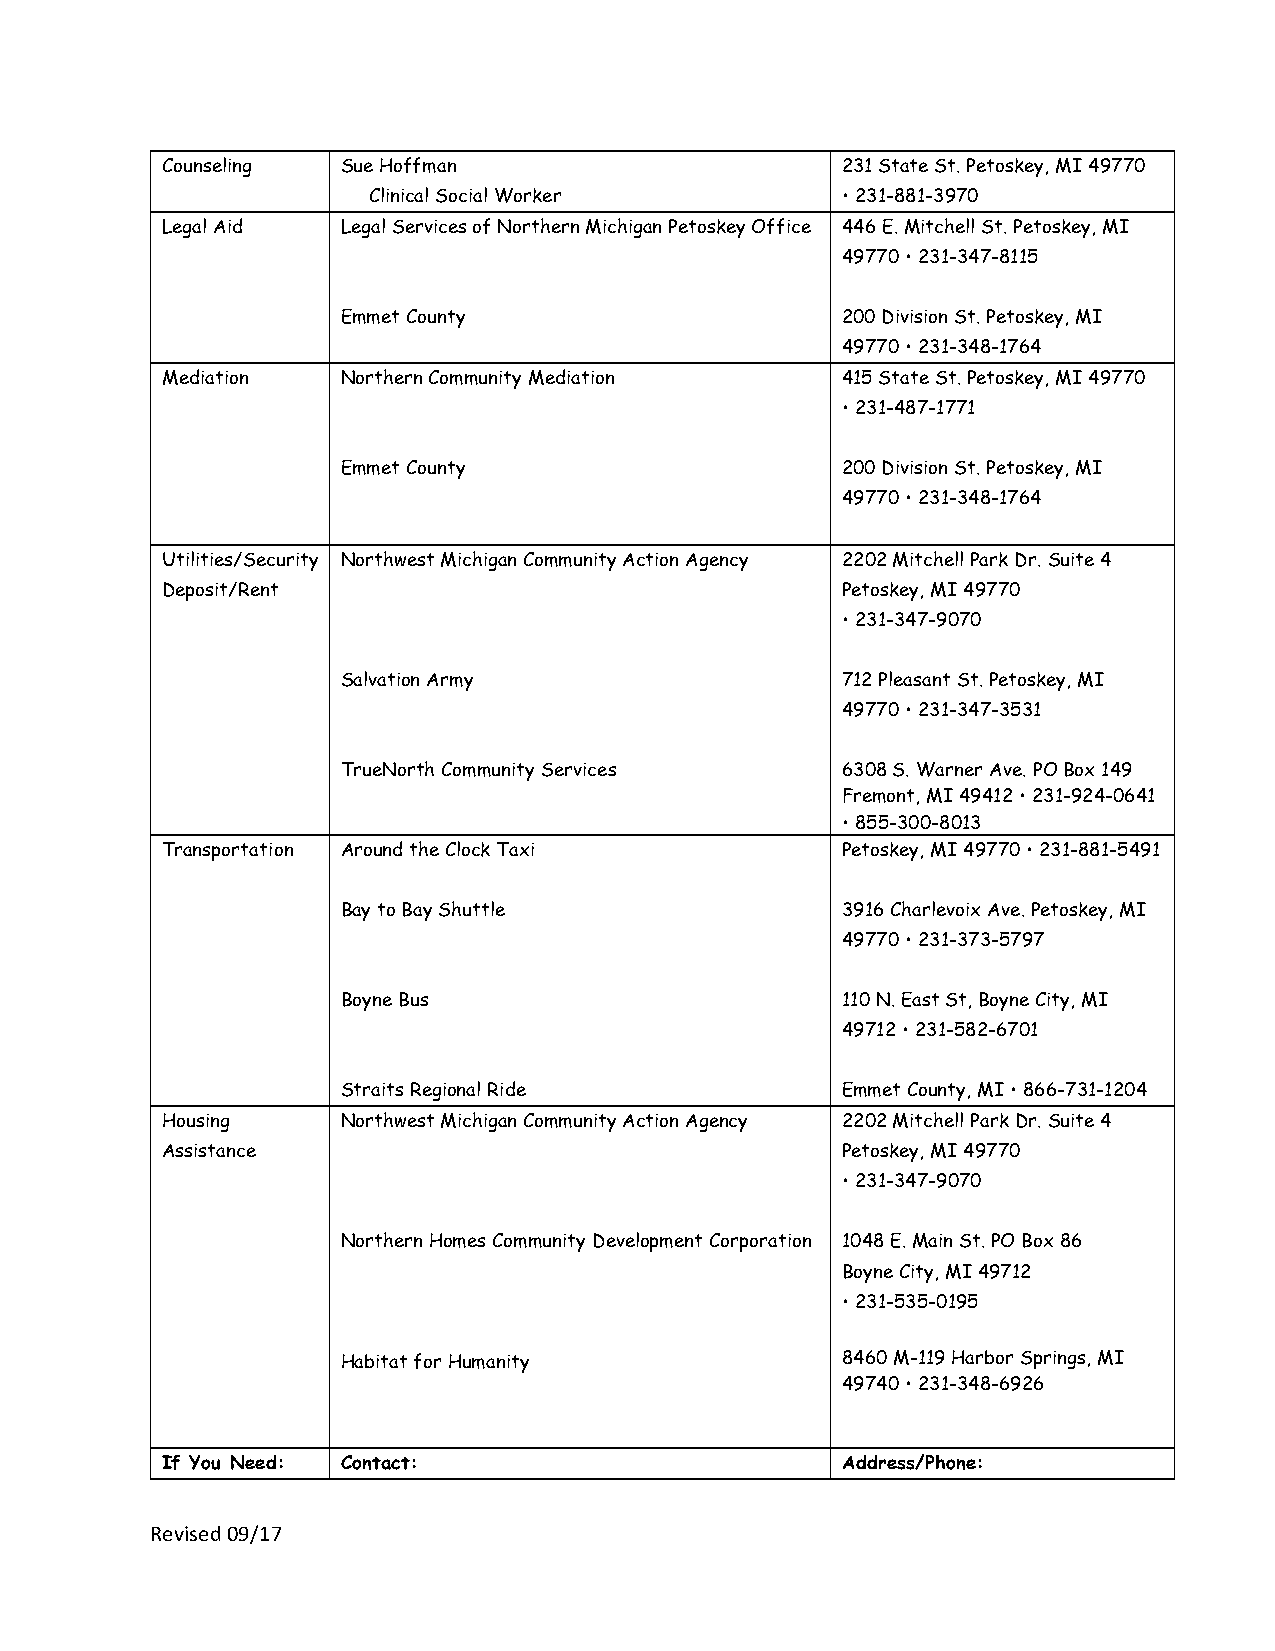
Counseling  Sue Hoffman                      231 State St. Petoskey, MI 49770
 Clinical Social Worker          • 231-881-3970
 Legal Aid   Legal Services of Northern Michigan Petoskey Office 446 E. Mitchell St. Petoskey, MI
 49770 • 231-347-8115
 Emmet County                     200 Division St. Petoskey, MI
 49770 • 231-348-1764
 Mediation   Northern Community Mediation     415 State St. Petoskey, MI 49770
 • 231-487-1771
 Emmet County                     200 Division St. Petoskey, MI
 49770 • 231-348-1764
 Utilities/Security Northwest Michigan Community Action Agency 2202 Mitchell Park Dr. Suite 4
 Deposit/Rent                                 Petoskey, MI 49770
 • 231-347-9070
 Salvation Army                   712 Pleasant St. Petoskey, MI
 49770 • 231-347-3531
 TrueNorth Community Services     6308 S. Warner Ave. PO Box 149
 Fremont, MI 49412 • 231-924-0641
 • 855-300-8013
 Transportation Around the Clock Taxi         Petoskey, MI 49770 • 231-881-5491
 Bay to Bay Shuttle               3916 Charlevoix Ave. Petoskey, MI
 49770 • 231-373-5797
 Boyne Bus                        110 N. East St, Boyne City, MI
 49712 • 231-582-6701
 Straits Regional Ride            Emmet County, MI • 866-731-1204
 Housing     Northwest Michigan Community Action Agency 2202 Mitchell Park Dr. Suite 4
 Assistance                                   Petoskey, MI 49770
 • 231-347-9070
 Northern Homes Community Development Corporation 1048 E. Main St. PO Box 86
 Boyne City, MI 49712
 • 231-535-0195
 Habitat for Humanity             8460 M-119 Harbor Springs, MI
 49740 • 231-348-6926
 If You Need: Contact:                        Address/Phone:
 Revised 09/17